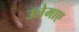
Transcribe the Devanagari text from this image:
उलेमाए